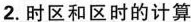
2.时区和区时的计算